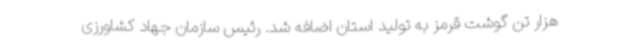
هزار تن گوشت قرمز به تولید استان اضافه شد. رئیس سازمان جهاد کشاورزی